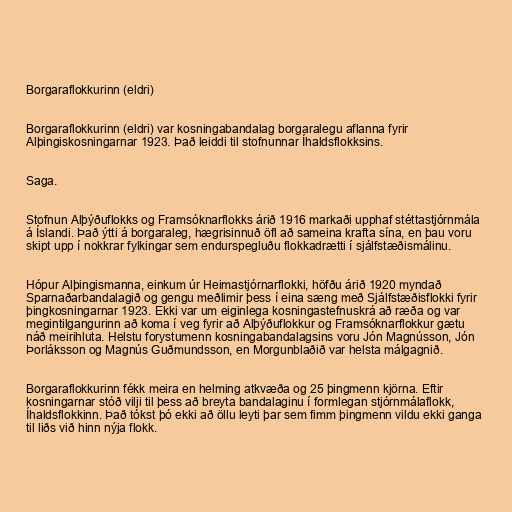
Borgaraflokkurinn (eldri)

Borgaraflokkurinn (eldri) var kosningabandalag borgaralegu aflanna fyrir
Alþingiskosningarnar 1923. Það leiddi til stofnunnar Íhaldsflokksins.

Saga.

Stofnun Alþýðuflokks og Framsóknarflokks árið 1916 markaði upphaf stéttastjórnmála
á Íslandi. Það ýtti á borgaraleg, hægrisinnuð öfl að sameina krafta sína, en þau voru
skipt upp í nokkrar fylkingar sem endurspegluðu flokkadrætti í sjálfstæðismálinu.

Hópur Alþingismanna, einkum úr Heimastjórnarflokki, höfðu árið 1920 myndað
Sparnaðarbandalagið og gengu meðlimir þess í eina sæng með Sjálfstæðisflokki fyrir
þingkosningarnar 1923. Ekki var um eiginlega kosningastefnuskrá að ræða og var
megintilgangurinn að koma í veg fyrir að Alþýðuflokkur og Framsóknarflokkur gætu
náð meirihluta. Helstu forystumenn kosningabandalagsins voru Jón Magnússon, Jón
Þorláksson og Magnús Guðmundsson, en Morgunblaðið var helsta málgagnið.

Borgaraflokkurinn fékk meira en helming atkvæða og 25 þingmenn kjörna. Eftir
kosningarnar stóð vilji til þess að breyta bandalaginu í formlegan stjórnmálaflokk,
Íhaldsflokkinn. Það tókst þó ekki að öllu leyti þar sem fimm þingmenn vildu ekki ganga
til liðs við hinn nýja flokk.